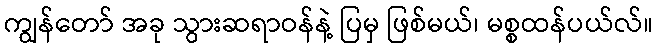
ကျွန်တော် အခု သွားဆရာဝန်နဲ့ ပြမှ ဖြစ်မယ်၊ မစ္စထန်ပယ်လ်။